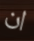
ان